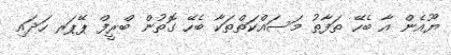
ޔޫއެން އާ ބެހޭ ތަފާތު މަސައްކަތްތަކާ ބެހޭ ގޮތުން ބްރީފް ޕޭޕަރ ހަދައި